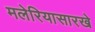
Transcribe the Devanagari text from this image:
मलेरियासारखे